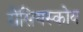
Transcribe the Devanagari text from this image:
रोसियस्कोय